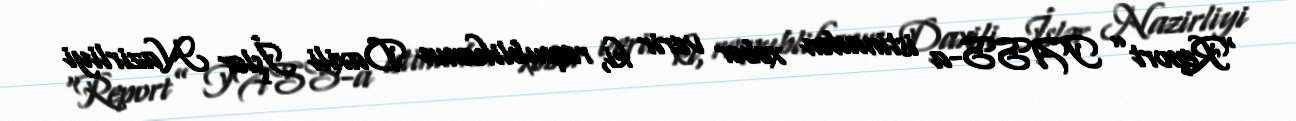
“Report” TASS-a istinadən xəbər verir ki, respublikanın Daxili İşlər Nazirliyi